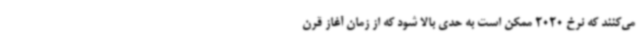
می‌کنند که نرخ 2020 ممکن است به حدی بالا شود که از زمان آغاز قرن